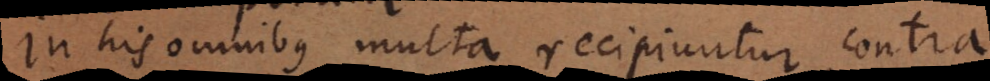
In his omnibus multa recipiuntur, contra